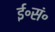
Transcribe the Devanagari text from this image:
ई॰सं॰